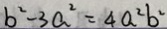
b ^ { 2 } - 3 a ^ { 2 } = 4 a ^ { 2 } b ^ { 2 }